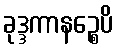
ခုဒ္ဒကာနဉ္စေပိ